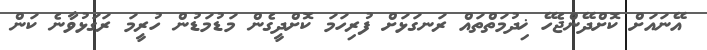
އޭނައަށް ކޮށްދޭންޖެހޭ ޚިދުމަތްތައް ރަނގަޅަށް ފުރިހަމަ ކޮށްދީގެން މަޑުމަޑުން ހުރީމަ ރަގަޅުވާނެ ކަން